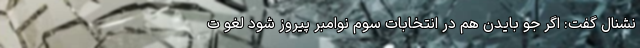
نشنال گفت: اگر جو بایدن هم در انتخابات سوم نوامبر پیروز شود لغو ت